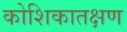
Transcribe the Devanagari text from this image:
कोशिकातक्षण